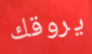
يروقك